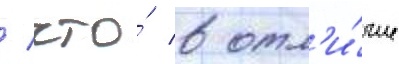
/ что́ в отл'и́чие